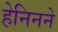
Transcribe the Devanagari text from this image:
हेनिनने